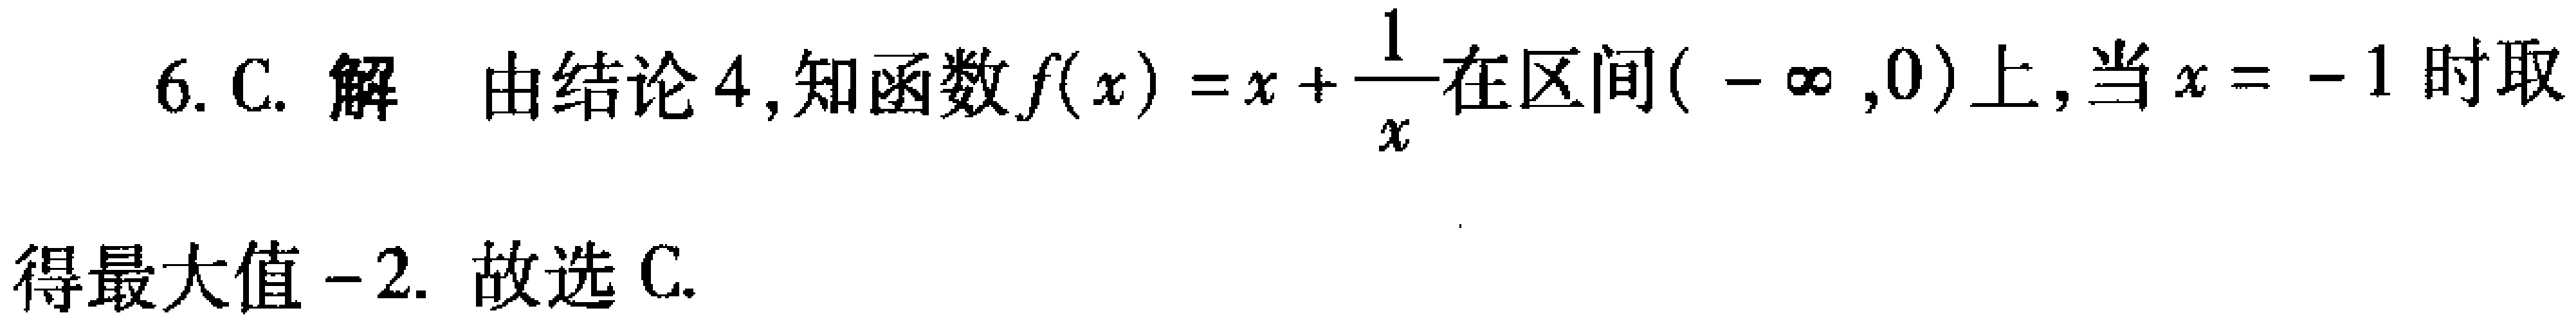
6. C. 解 由结论4, 知函数\(f(x)=x + \frac{1}{x}\)在区间\((-\infty,0)\)上, 当\(x = -1\)时取

得最大值\(-2\). 故选C.